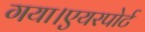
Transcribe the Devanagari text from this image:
गया।एयरपोर्ट